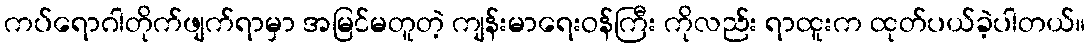
ကပ်ရောဂါတိုက်ဖျက်ရာမှာ အမြင်မတူတဲ့ ကျန်းမာရေးဝန်ကြီး ကိုလည်း ရာထူးက ထုတ်ပယ်ခဲ့ပါတယ်။